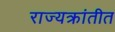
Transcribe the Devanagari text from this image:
राज्यक्रांतीत